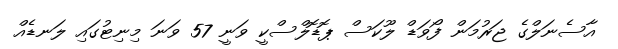
އާސެނަލްގެ ޖަރުމަން ފޯވަޑް ލޫކަސް ޕޮޑޮލްސްކީ ވަނީ 57 ވަނަ މިނިޓުގައި ލަނޑެއް